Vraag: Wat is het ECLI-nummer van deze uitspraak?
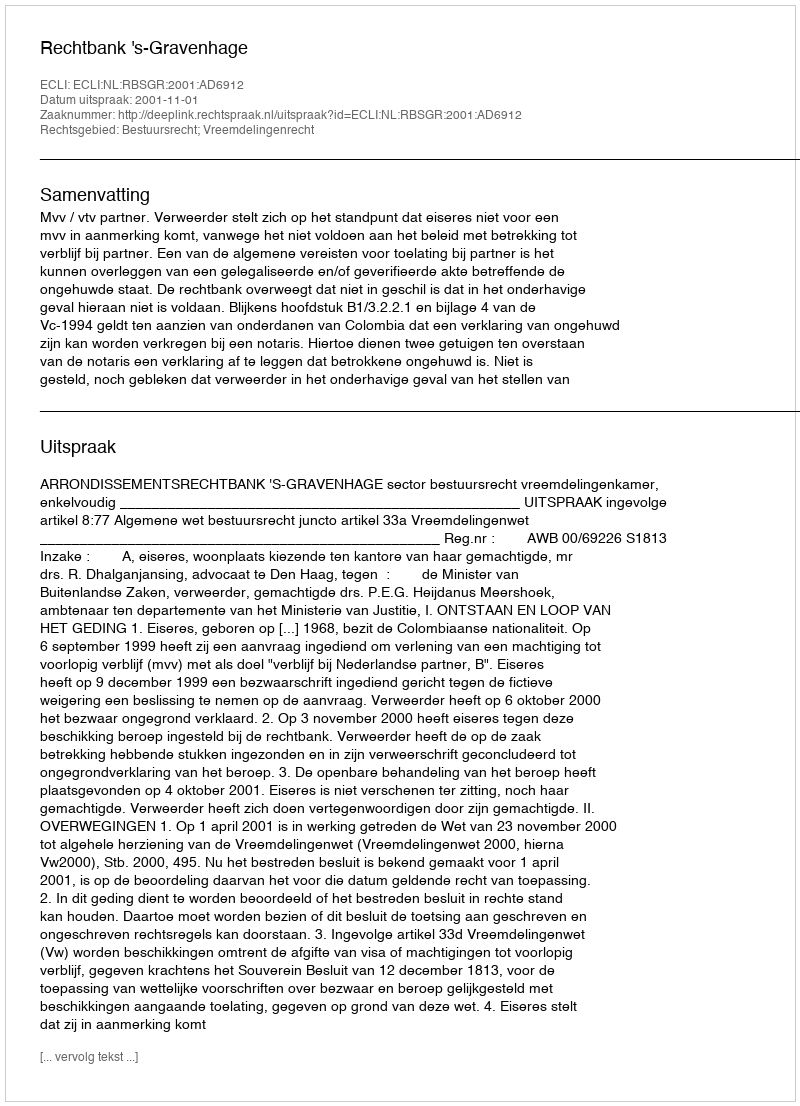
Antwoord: ECLI:NL:RBSGR:2001:AD6912